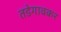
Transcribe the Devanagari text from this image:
तडेगावकर